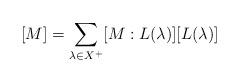
LaTeX: \begin{align*} [M] = \sum_{\lambda \in X^+} [M:L(\lambda)] [L(\lambda)] \end{align*}